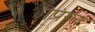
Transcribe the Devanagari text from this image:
प्रिग्ल